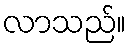
လာသည်။